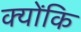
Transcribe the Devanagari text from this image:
क्योंकि